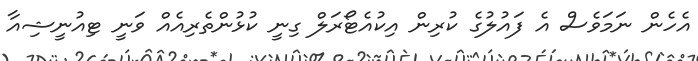
އެހެން ނަމަވެސް އެ ފައުލުގެ ކުރިން އިކުއެޓޯރަލް ގިނީ ކުޅުންތެރިއެއް ވަނީ ޓިއުނީޝިއާ